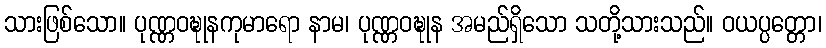
သားဖြစ်သော။ ပုဏ္ဏဝဍ္ဎုနကုမာရော နာမ၊ ပုဏ္ဏဝဍ္ဎုန အမည်ရှိသော သတို့သားသည်။ ဝယပ္ပတ္တော၊